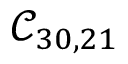
\mathcal { C } _ { 3 0 , 2 1 }